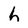
Character: h